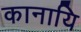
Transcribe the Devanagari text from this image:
कानायि